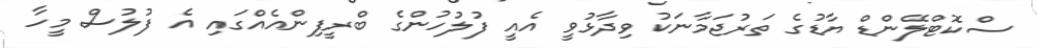
ސްކޮޓްލޭންޑް ޔާޑުގެ ތަރުޖަމާނަކު ވިދާޅުވީ އެއީ ފުލުހުންގެ ބްރީފިންއެއްގައި އެ ފުލުސް މީހާ